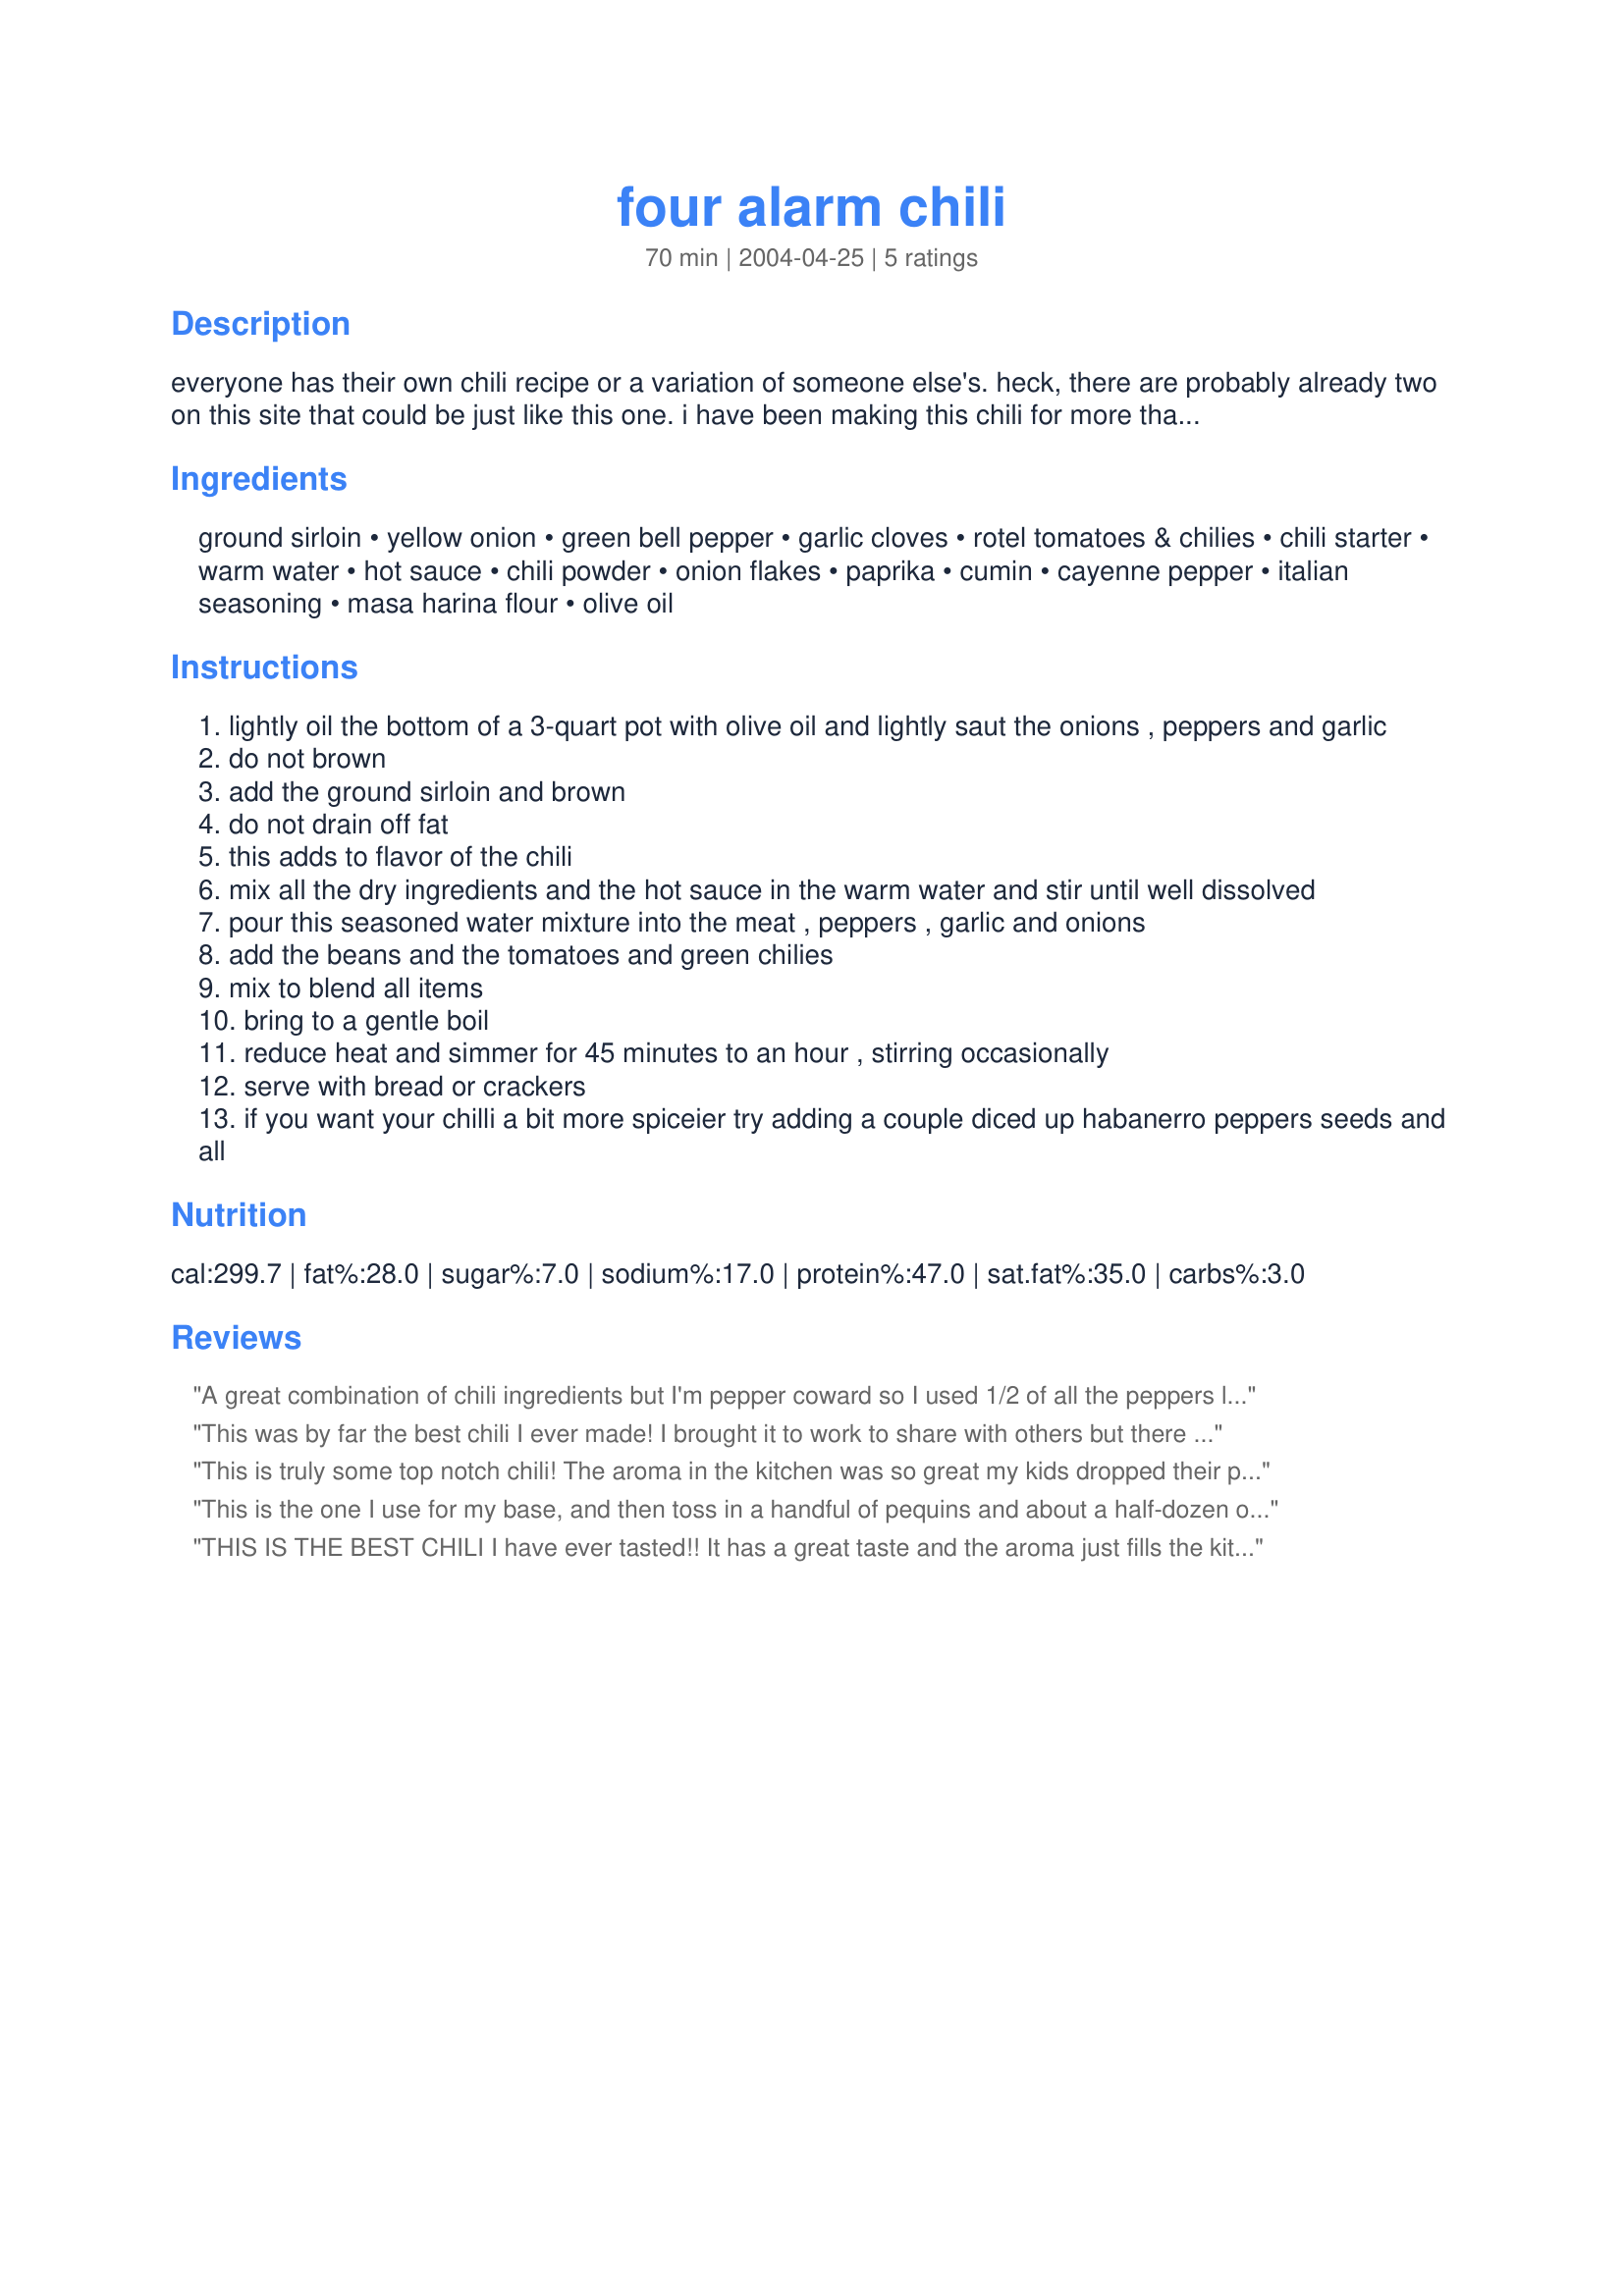
four alarm chili
Preparation time: 70 minutes

everyone has their own chili recipe or a variation of someone else's. heck, there are probably already two on this site that could be just like this one. i have been making this chili for more than 25 years. the ingredients have been tweaked here and there over the years until i found just the right flavor and this is it! all i know is when i make a pot of this chili, there are never any leftovers. like any recipe, if you leave out or change an ingredient, it doesn't come out the same way. try it this way, then go ahead and create your own version. if you like your chili really hot, instead of hot sauce use recipe #88224. but most of all just enjoy it!

Ingredients:
ground sirloin, yellow onion, green bell pepper, garlic cloves, rotel tomatoes & chilies, chili starter, warm water, hot sauce, chili powder, onion flakes, paprika, cumin, cayenne pepper, italian seasoning, masa harina flour, olive oil

Steps:
lightly oil the bottom of a 3-quart pot with olive oil and lightly saut the onions , peppers and garlic
do not brown
add the ground sirloin and brown
do not drain off fat
this adds to flavor of the chili
mix all the dry ingredients and the hot sauce in the warm water and stir until well dissolved
pour this seasoned water mixture into the meat , peppers , garlic and onions
add the beans and the tomatoes and green chilies
mix to blend all items
bring to a gentle boil
reduce heat and simmer for 45 minutes to an hour , stirring occasionally
serve with bread or crackers
if you want your chilli a bit more spiceier try adding a couple diced up habanerro peppers seeds and all

Reviews:
A great combination of chili ingredients but I'm pepper coward so I used 1/2 of all the peppers listed and that was just right for me.
This was by far the best chili I ever made! I brought it to work to share with others but there was only one brave person that would try it. Will definitely make it again - adding less habenaros. It was a little too hot for me and my family.
This is truly some top notch chili! The aroma in the kitchen was so great my kids dropped their play station game to see what I was cooking. This will be the one chili recipe for our family, thanks Red Hot!!!! By the way I like it hot but that habanero sauce, man its like eating fire WOW!
This is the one I use for my base, and then toss in a handful of pequins and about a half-dozen of ghost peppers. When I have them, I&#039;ve also used a couple of Scotch Bonnets. Now it&#039;s just to wait and see if we have any Carolina Reapers this year because that will add a different flavor to it.
THIS IS THE BEST CHILI I have ever tasted!! It has a great taste and the aroma just fills the kitchen when you are letting it simmer. Though I am not a big fan of the hot peppers I did try it using only 2 of the habanero peppers with the green bell peppers. Thanks Red for a great bowl(s) of chili.
